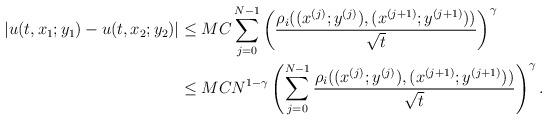
LaTeX: \begin{align*} |u(t,x_1;y_1)-u(t,x_2;y_2)|&\leq MC\sum_{j=0}^{N-1}\left(\frac{\rho_i((x^{(j)};y^{(j)}),(x^{(j+1)};y^{(j+1)}))}{\sqrt{t}}\right)^{\gamma}\\&\leq MCN^{1-\gamma}\left(\sum_{j=0}^{N-1}\frac{\rho_i((x^{(j)};y^{(j)}),(x^{(j+1)};y^{(j+1)}))}{\sqrt{t}}\right)^{\gamma}.\end{align*}